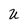
Character: u